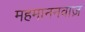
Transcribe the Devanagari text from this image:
महमाननवाज़